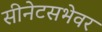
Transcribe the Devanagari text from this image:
सीनेटसभेवर